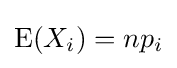
\operatorname {E} (X_{i})=np_{i}